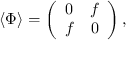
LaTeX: \langle \Phi \rangle = \left( \begin{array} { c c } { { 0 } } & { { f } } \\ { { f } } & { { 0 } } \end{array} \right) ,